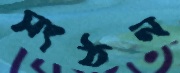
সংঠন